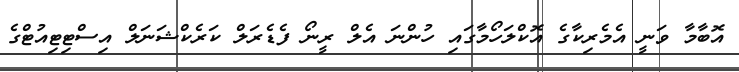
އޮބާމާ ވަނީ އެމެރިކާގެ އޮކްލަހޯމާގައި ހުންނަ އެލް ރީނޯ ފެޑެރަލް ކަރެކްޝަނަލް އިސްޓިޓިއުޓްގެ